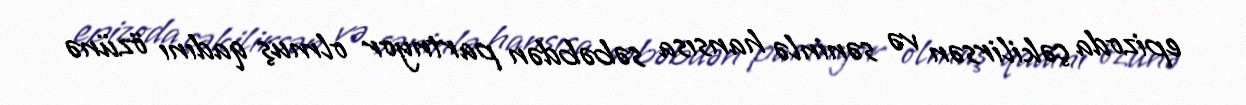
epizoda çəkilirsən və səninlə hansısa səbəbdən partnyor olmuş qadını özünə